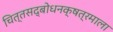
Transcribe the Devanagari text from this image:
चित्तसद्बोधनक्षत्रमाला